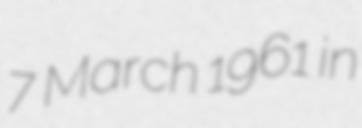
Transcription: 7 March 1961 in